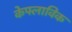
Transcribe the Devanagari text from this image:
केफ्लाविक